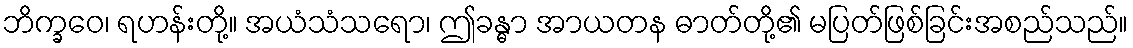
ဘိက္ခဝေ၊ ရဟန်းတို့။ အယံသံသရော၊ ဤခန္ဓာ အာယတန ဓာတ်တို့၏ မပြတ်ဖြစ်ခြင်းအစည်သည်။